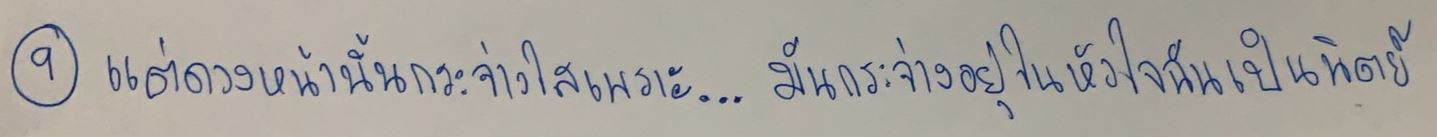
แต่ดวงหน้านั้นกระจ่างใสเพราะ...มันกระจ่างอยู่ในหัวใจฉันเป็นนิตย์